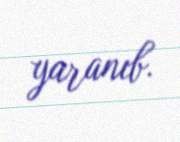
yaranıb.